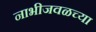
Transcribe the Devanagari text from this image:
नाभीजवळच्या